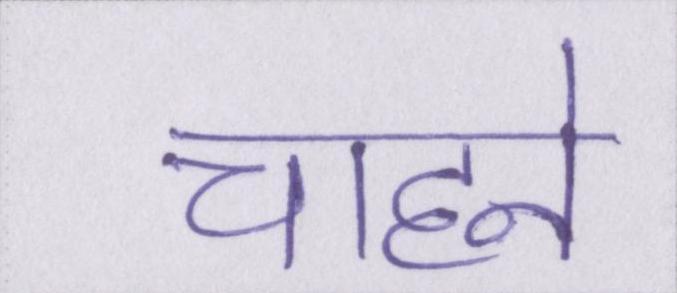
चाहने